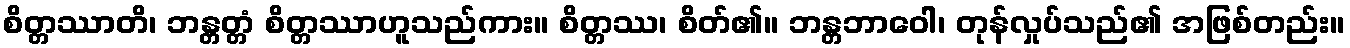
စိတ္တဿာတိ၊ ဘန္တတ္တံ စိတ္တဿာဟူသည်ကား။ စိတ္တဿ၊ စိတ်၏။ ဘန္တဘာဝေါ၊ တုန်လှုပ်သည်၏ အဖြစ်တည်း။